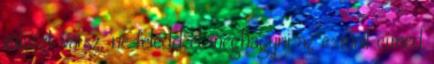
választ vársz, ne feledd el meghagyni az e-mail címed